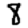
Digit: 8